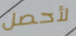
لأحصل